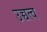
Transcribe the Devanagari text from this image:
उच्चत्व